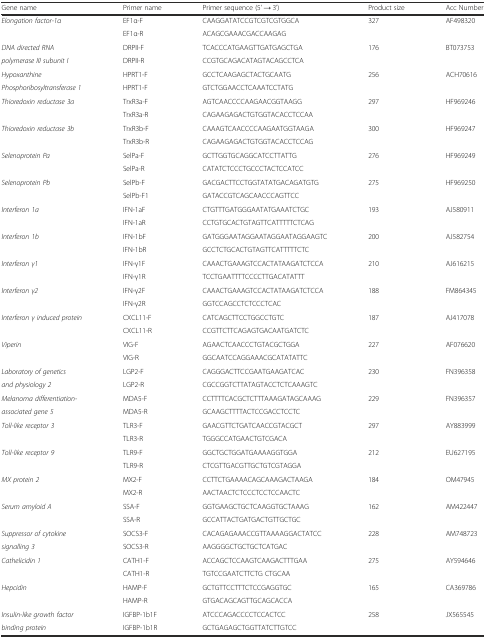
<table><thead><tr><td><b>Gene name</b></td><td><b>Primer name</b></td><td><b>Primer sequence (5’ → 3’)</b></td><td><b>Product size</b></td><td><b>Acc Number</b></td></tr></thead><tbody><tr><td><i>Elongation factor-1α</i></td><td>EF1α-F</td><td>CAAGGATATCCGTCGTCGTGGCA</td><td>327</td><td>AF498320</td></tr><tr><td></td><td>EF1α-R</td><td>ACAGCGAAACGACCAAGAG</td><td></td><td></td></tr><tr><td><i>DNA directed RNA</i></td><td>DRPII-F</td><td>TCACCCATGAAGTTGATGAGCTGA</td><td>176</td><td>BT073753</td></tr><tr><td><i>polymerase III subunit I</i></td><td>DRPII-R</td><td>CCGTGCAGACATAGTACAGCCTCA</td><td></td><td></td></tr><tr><td><i>Hypoxanthine</i></td><td>HPRT1-F</td><td>GCCTCAAGAGCTACTGCAATG</td><td>256</td><td>ACH70616</td></tr><tr><td><i>Phosphoribosyltransferase 1</i></td><td>HPRT1-F</td><td>GTCTGGAACCTCAAATCCTATG</td><td></td><td></td></tr><tr><td><i>Thioredoxin reductase 3a</i></td><td>TrxR3a-F</td><td>AGTCAACCCCAAGAACGGTAAGG</td><td>297</td><td>HF969246</td></tr><tr><td></td><td>TrxR3a-R</td><td>CAGAAGAGACTGTGGTACACCTCCAA</td><td></td><td></td></tr><tr><td><i>Thioredoxin reductase 3b</i></td><td>TrxR3b-F</td><td>CAAAGTCAACCCCAAGAATGGTAAGA</td><td>300</td><td>HF969247</td></tr><tr><td></td><td>TrxR3b-R</td><td>CAGAAGAGACTGTGGTACACCTCCAG</td><td></td><td></td></tr><tr><td><i>Selenoprotein Pa</i></td><td>SelPa-F</td><td>GCTTGGTGCAGGCATCCTTATTG</td><td>276</td><td>HF969249</td></tr><tr><td></td><td>SelPa-R</td><td>CATATCTCCCTGCCCTACTCCATCC</td><td></td><td></td></tr><tr><td><i>Selenoprotein Pb</i></td><td>SelPb-F</td><td>GACGACTTCCTGGTATATGACAGATGTG</td><td>275</td><td>HF969250</td></tr><tr><td></td><td>SelPb-F1</td><td>GATACCGTCAGCAACCCAGTTCC</td><td></td><td></td></tr><tr><td><i>Interferon 1a</i></td><td>IFN-1aF</td><td>CTGTTTGATGGGAATATGAAATCTGC</td><td>193</td><td>AJ580911</td></tr><tr><td></td><td>IFN-1aR</td><td>CCTGTGCACTGTAGTTCATTTTTCTCAG</td><td></td><td></td></tr><tr><td><i>Interferon 1b</i></td><td>IFN-1bF</td><td>GATGGGAATAGGAATAGGAATAGGAAGTC</td><td>200</td><td>AJ582754</td></tr><tr><td></td><td>IFN-1bR</td><td>GCCTCTGCACTGTAGTTCATTTTTCTC</td><td></td><td></td></tr><tr><td><i>Interferon γ1</i></td><td>IFN-γ1F</td><td>CAAACTGAAAGTCCACTATAAGATCTCCA</td><td>210</td><td>AJ616215</td></tr><tr><td></td><td>IFN-γ1R</td><td>TCCTGAATTTTCCCCTTGACATATTT</td><td></td><td></td></tr><tr><td><i>Interferon γ2</i></td><td>IFN-γ2F</td><td>CAAACTGAAAGTCCACTATAAGATCTCCA</td><td>188</td><td>FM864345</td></tr><tr><td></td><td>IFN-γ2R</td><td>GGTCCAGCCTCTCCCTCAC</td><td></td><td></td></tr><tr><td><i>Interferon γ induced protein</i></td><td>CXCL11-F</td><td>CATCAGCTTCCTGGCCTGTC</td><td>187</td><td>AJ417078</td></tr><tr><td></td><td>CXCL11-R</td><td>CCGTTCTTCAGAGTGACAATGATCTC</td><td></td><td></td></tr><tr><td><i>Viperin</i></td><td>VIG-F</td><td>AGAACTCAACCCTGTACGCTGGA</td><td>227</td><td>AF076620</td></tr><tr><td></td><td>VIG-R</td><td>GGCAATCCAGGAAACGCATATATTC</td><td></td><td></td></tr><tr><td><i>Laboratory of genetics</i></td><td>LGP2-F</td><td>CAGGGACTTCCGAATGAAGATCAC</td><td>230</td><td>FN396358</td></tr><tr><td><i>and physiology 2</i></td><td>LGP2-R</td><td>CGCCGGTCTTATAGTACCTCTCAAAGTC</td><td></td><td></td></tr><tr><td><i>Melanoma differentiation-</i></td><td>MDA5-F</td><td>CCTTTTCACGCTCTTTAAAGATAGCAAAG</td><td>229</td><td>FN396357</td></tr><tr><td><i>associated gene 5</i></td><td>MDA5-R</td><td>GCAAGCTTTTACTCCGACCTCCTC</td><td></td><td></td></tr><tr><td><i>Toll-like receptor 3</i></td><td>TLR3-F</td><td>GAACGTTCTGATCAACCGTACGCT</td><td>297</td><td>AY883999</td></tr><tr><td></td><td>TLR3-R</td><td>TGGGCCATGAACTGTCGACA</td><td></td><td></td></tr><tr><td><i>Toll-like receptor 9</i></td><td>TLR9-F</td><td>GGCTGCTGGATGAAAAGGTGGA</td><td>212</td><td>EU627195</td></tr><tr><td></td><td>TLR9-R</td><td>CTCGTTGACGTTGCTGTCGTAGGA</td><td></td><td></td></tr><tr><td><i>MX protein 2</i></td><td>MX2-F</td><td>CCTTCTGAAAACAGCAAAGACTAAGA</td><td>184</td><td>OM47945</td></tr><tr><td></td><td>MX2-R</td><td>AACTAACTCTCCCTCCTCCAACTC</td><td></td><td></td></tr><tr><td><i>Serum amyloid A</i></td><td>SSA-F</td><td>GGTGAAGCTGCTCAAGGTGCTAAAG</td><td>162</td><td>AM422447</td></tr><tr><td></td><td>SSA-R</td><td>GCCATTACTGATGACTGTTGCTGC</td><td></td><td></td></tr><tr><td><i>Suppressor of cytokine</i></td><td>SOCS3-F</td><td>CACAGAGAAACCGTTAAAAGGACTATCC</td><td>228</td><td>AM748723</td></tr><tr><td><i>signalling 3</i></td><td>SOCS3-R</td><td>AAGGGGCTGCTGCTCATGAC</td><td></td><td></td></tr><tr><td><i>Cathelicidin 1</i></td><td>CATH1-F</td><td>ACCAGCTCCAAGTCAAGACTTTGAA</td><td>275</td><td>AY594646</td></tr><tr><td></td><td>CATH1-R</td><td>TGTCCGAATCTTCTG CTGCAA</td><td></td><td></td></tr><tr><td><i>Hepcidin</i></td><td>HAMP-F</td><td>GCTGTTCCTTTCTCCGAGGTGC</td><td>165</td><td>CA369786</td></tr><tr><td></td><td>HAMP-R</td><td>GTGACAGCAGTTGCAGCACCA</td><td></td><td></td></tr><tr><td><i>Insulin-like growth factor</i></td><td>IGFBP-1b1F</td><td>ATCCCAGACCCCTCCACTCC</td><td>258</td><td>JX565545</td></tr><tr><td><i>binding protein</i></td><td>IGFBP-1b1R</td><td>GCTGAGAGCTGGTTATCTTGTCC</td><td></td><td></td></tr></tbody></table>